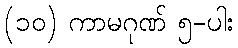
(၁၀) ကာမဂုဏ် ၅-ပါး